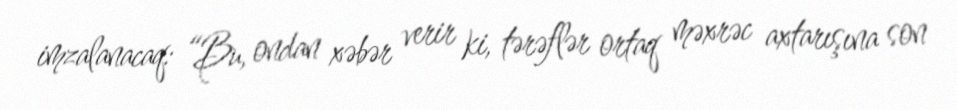
imzalanacaq: “Bu, ondan xəbər verir ki, tərəflər ortaq məxrəc axtarışına son